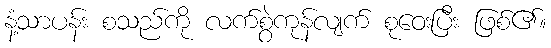
နံ့သာပန်း စသည်ကို လက်စွဲကုန်လျက် စုဝေးပြီး ဖြစ်၏။